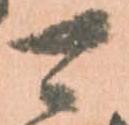
可